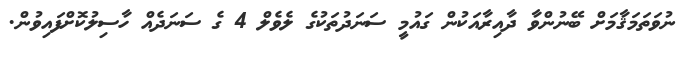
ނުވަތަމަޤާމަށް ބޭނުންވާ ދާއިރާއަކުން ގައުމީ ސަނަދުތަކުގެ ލެވެލް 4 ގެ ސަނަދެއް ހާސިލުކޮށްފައިވުން.